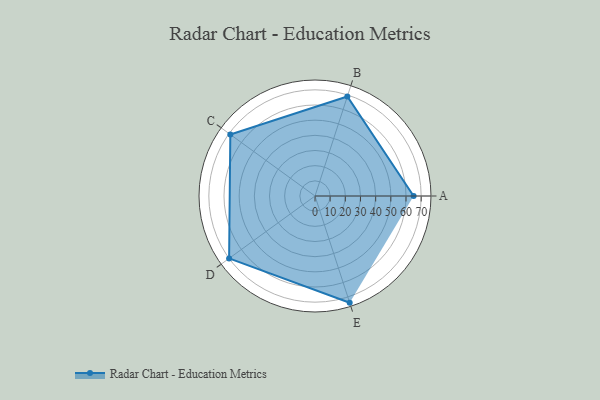
{"axis": {"x": "Skill", "y": "Score"}, "legend": ["Profile"], "data": [{"x": "A", "y": 65.0, "type": "Profile"}, {"x": "B", "y": 69.0, "type": "Profile"}, {"x": "C", "y": 69.0, "type": "Profile"}, {"x": "D", "y": 70.0, "type": "Profile"}, {"x": "E", "y": 74.0, "type": "Profile"}]}